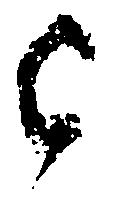
已